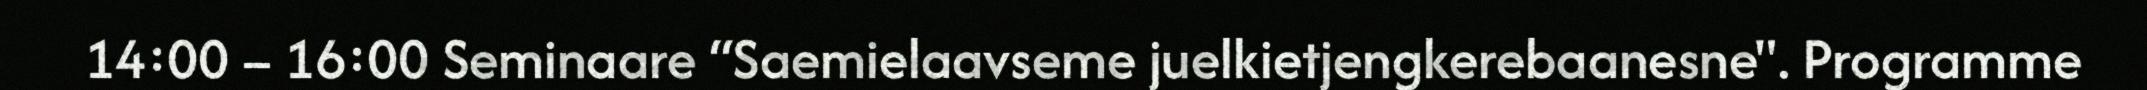
14:00 – 16:00 Seminaare “Saemielaavseme juelkietjengkerebaanesne". Programme